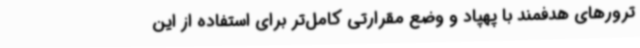
ترورهای هدفمند با پهپاد و وضع مقرارتی کامل‌تر برای استفاده از این